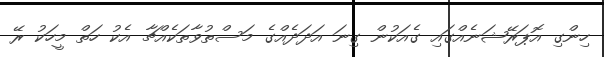
ހިންގި އޮޕަރޭޝަނެއްގައި ގެއަކުން ގިނަ އަދަދެއްގެ މަސްތުވާތަކެއްޗާ އެކު ހަތް މީހަކު ރޭ